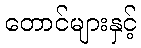
တောင်များနှင့်